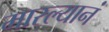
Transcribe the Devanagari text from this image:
मारल्यानं